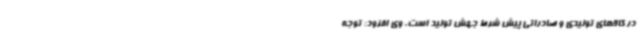
در کالاهای تولیدی و صادراتی پیش شرط جهش تولید است. وی افزود: توجه